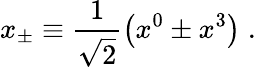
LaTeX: x_{\pm}\equiv\frac 1{\sqrt{2}}\left(x^{0}\pm x^{3}\right)\; .